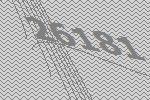
26181